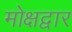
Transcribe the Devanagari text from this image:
मोक्षद्वार